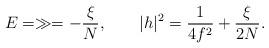
LaTeX: \begin{align*}E = \gg = - \frac{\xi}{N}, \hspace{2em} |h|^2 = \frac{1}{4f^2} + \frac{\xi}{2N}. \end{align*}